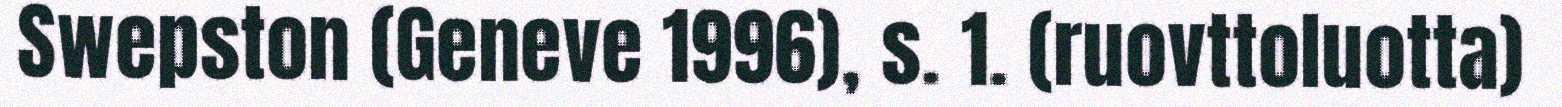
Swepston (Geneve 1996), s. 1. (ruovttoluotta)